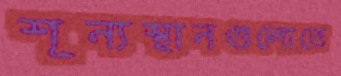
শূন্যস্থানগুলোতে